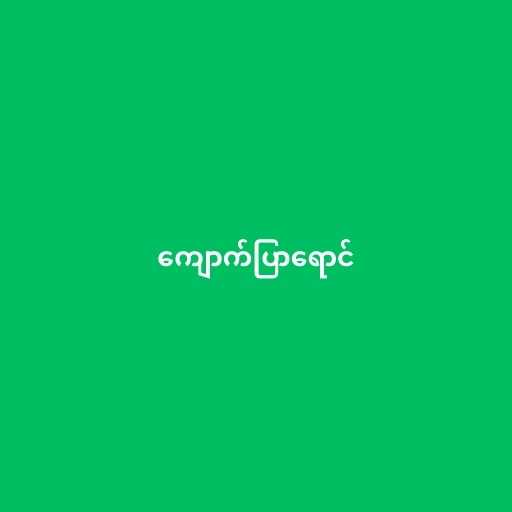
ကျောက်ပြာရောင်